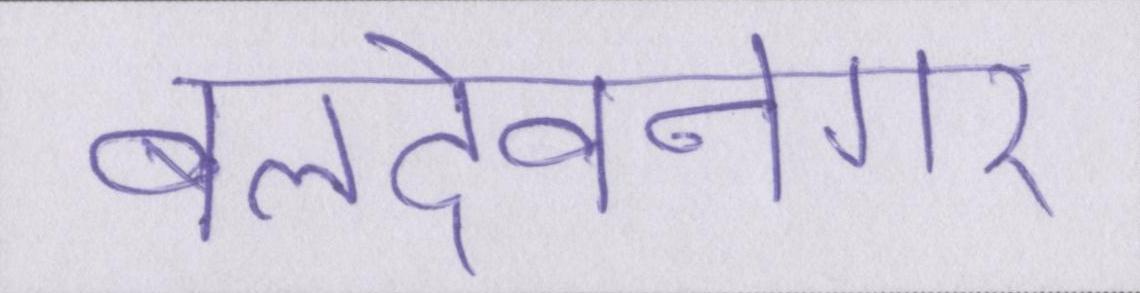
बलदेवनगर